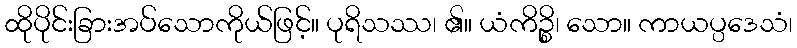
ထိုပိုင်းခြားအပ်သောကိုယ်ဖြင့်။ ပုရိသဿ၊ ၏။ ယံကိဉ္စိ၊ သော။ ကာယပ္ပဒေသံ၊